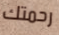
رحمتك